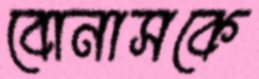
বোনাসকে